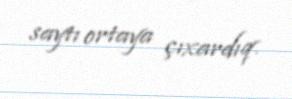
saytı ortaya çıxardıq.